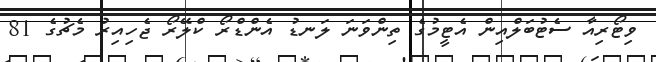
ވިޓޯރިއާ ސެޓުބަލްއިން އެޓީމުގެ ތިންވަނަ ލަނޑު އެންޑްރޯ ކްލޭރޯ ޖެހިއިރު މެޗުގެ 81